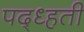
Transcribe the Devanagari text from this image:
पद्ध्हती